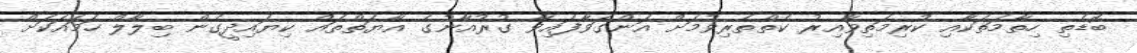
ބޮޑެތި ހިތާމަތަކާއި ކުރިމަތިވާއިރު ކެތްތެރިވުމަށް އަންގަވާފައިވާ ގުރުއާނުގެ އާޔަތްތައް ކިޔައިދީގެން ބިލާލް ހަމައަކަށް